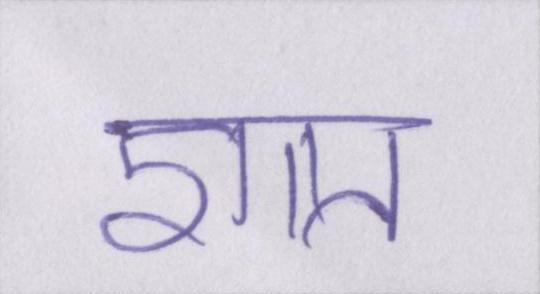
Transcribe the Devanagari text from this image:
ज्ञात